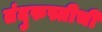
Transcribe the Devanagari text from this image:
तंदुरुस्तीची